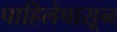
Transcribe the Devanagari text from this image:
पाहिलेपासून